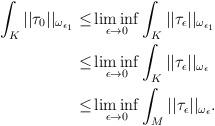
LaTeX: \begin{align*} \int_K ||\tau_0||_{\omega_{\epsilon_1}} \le&\liminf_{\epsilon\to 0} \int_K ||\tau_{\epsilon}||_{\omega_{\epsilon_1}}\\ \le & \liminf_{\epsilon\to 0} \int_K ||\tau_{\epsilon}||_{\omega_{\epsilon}}\\ \le &\liminf_{\epsilon\to 0} \int_M ||\tau_{\epsilon}||_{\omega_{\epsilon}}. \end{align*}